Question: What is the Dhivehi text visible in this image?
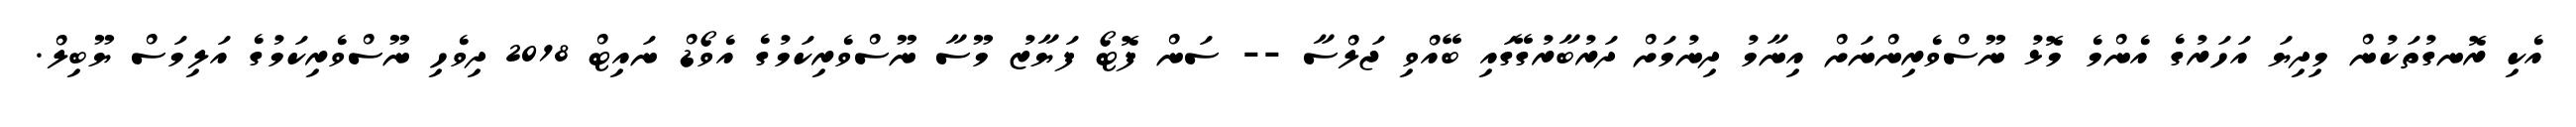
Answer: އެކި ރޮނގުތަކުން މިދިޔަ އަހަރުގެ އެންމެ މޮޅު ނޫސްވެރިންނަށް އިނާމު ދިނުމަށް ދަރުބާރުގޭގައި ބޭއްވި ޖަލްސާ -- ސަން ފޮޓޯ ފަޔާޒު މޫސާ ނޫސްވެރިކަމުގެ އެވޯޑް ނައިޓް 2018 ދިވެހި ނޫސްވެރިކަމުގެ އަލިމަސް ޔޫބިލް.